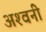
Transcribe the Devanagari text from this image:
अश्‍वनी